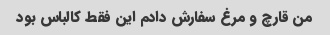
من قارچ و مرغ سفارش دادم این فقط کالباس بود